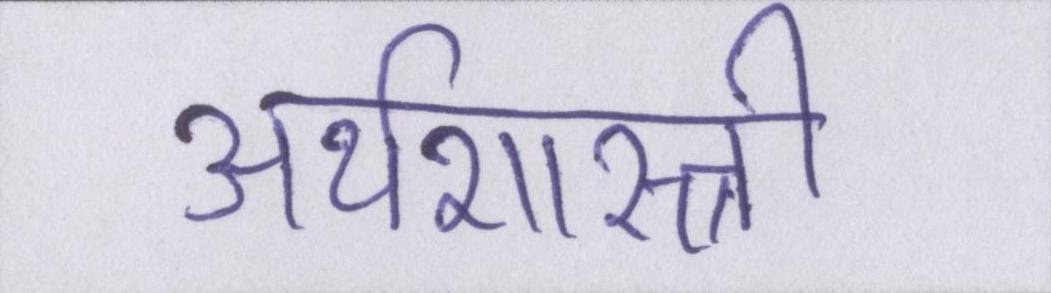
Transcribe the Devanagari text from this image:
अर्थशास्त्री